Eesti_Vabariigi_Tartu_Ulikool, lk 180
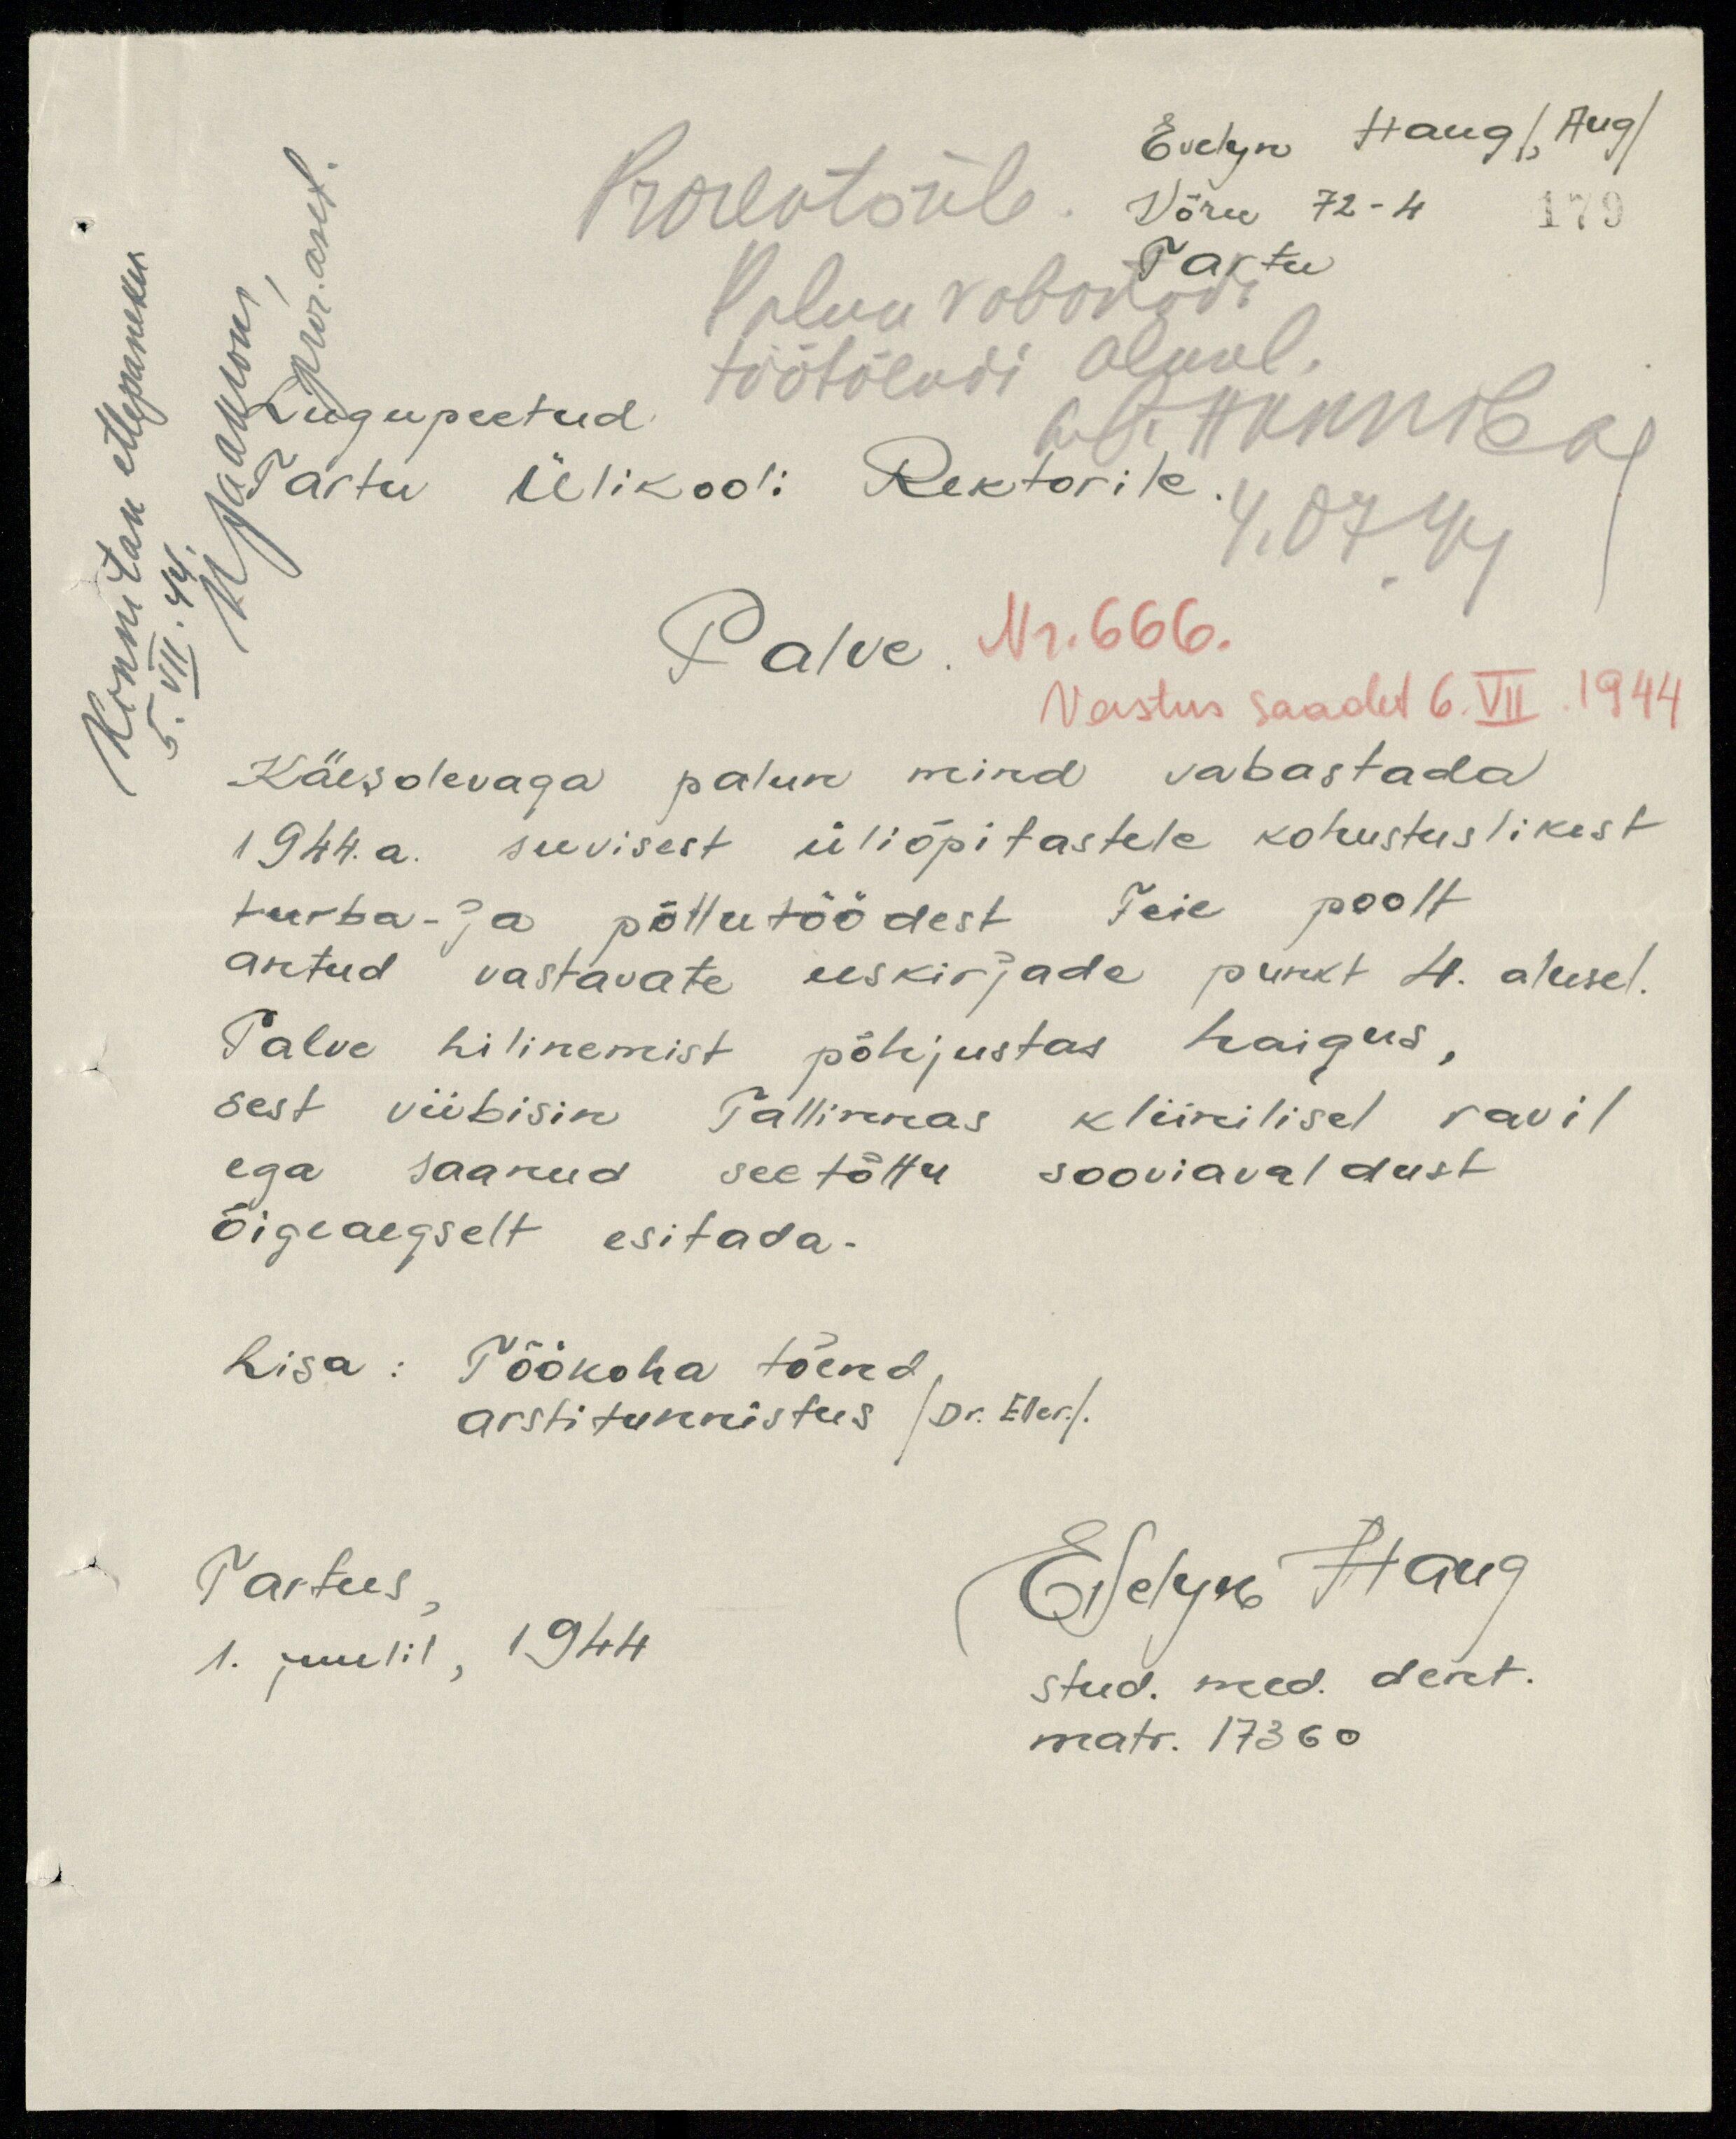
Evelyn Haug /, Aug/
Võru 72 -4
Tartu
179
Prorektorile
Palun vabastada
töötõendi alusel.
W. Hommberg
4.07 44
Lugupeetud
Tartu Ülikooli Rektorile
Palve
Nr. 666.
Vastus saadet 6. VII .1944
Käesolevaga palun mind vabastada
1944. a. suvisest üliõpitastele kohustuslikest
turba- ja põllutöödest Teie poolt
antud vastavate eeskirjade punkt 4. alusel.
Palve hilinemist põhjustas haigus,
sest viibisin Tallinnas kliinilisel ravil
ega saanud seetõttu sooviavaldust
õigeaegselt esitada.
Lisa: Töökoha tõend
arstitunnistus /Dr. Eller./.
Tartus
1. juulil, 1944
Evelyn Haug
stud. med. dent.
matr. 17360